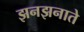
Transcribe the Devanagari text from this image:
झनझनाते